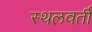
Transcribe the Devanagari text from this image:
स्थलवर्ती